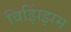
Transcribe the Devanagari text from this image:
विझिंझम